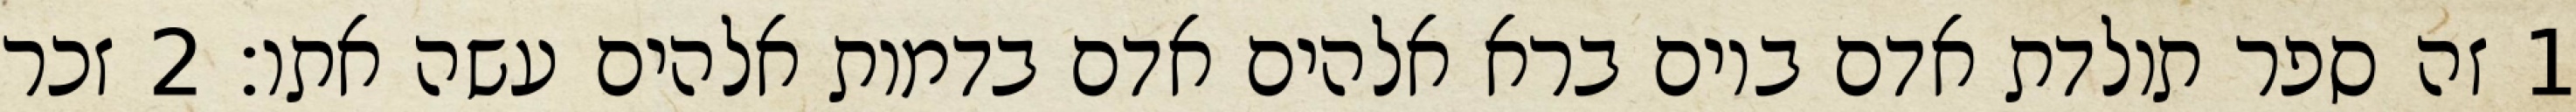
1 זה ספר תולדת אדם ביום ברא אלהים אדם בדמות אלהים עשה אתו׃ ‎2‏ זכר